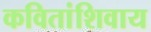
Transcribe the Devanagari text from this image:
कवितांशिवाय